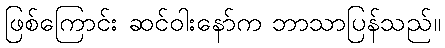
ဖြစ်ကြောင်း ဆင်ဝါးနော်က ဘာသာပြန်သည်။